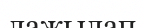
лажылап